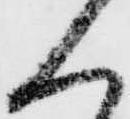
人